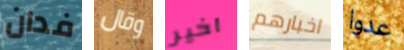
فدان وقال اخير اخبارهم عدوا